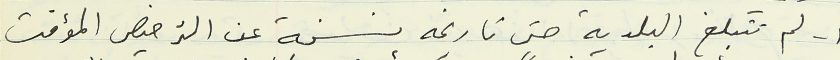
أ - لم تتبلغ البلدية حتى تاريخه نسخة عن الترخيص المؤقت